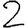
Digit: 2